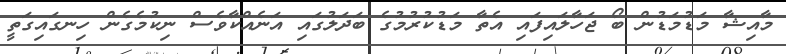
މާއިޝާ މަޑުމަޑުން ބޯ ޖަހާލައިފައި އެތާ މަޑުކުރުމުގެ ބަދަލުގައި އަނެއްކާވެސް ނިކުމެގެން ހިނގައިގަތީ